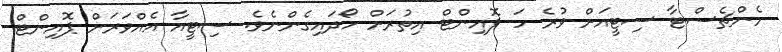
މެންޗެސްޓާ ސިޓީއަށް ވުރެ ހަ ޕޮއިންޓް އިތުރަށް ހޯދައިގެންނެވެ. ސިޓީއާ އެއްވަރަށް ޕޮއިންޓް